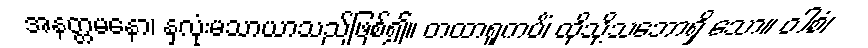
အနတ္တမနော၊ နှလုံးမသာယာသည်ဖြစ်၍။ တထာရူကပိံ၊ ထိုသို့သဘောရှိ သော။ ဝါစံ၊